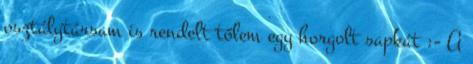
osztálytársam is rendelt tőlem egy horgolt sapkát :- A